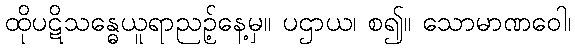
ထိုပဋိသန္ဓေယူရာညဉ့်နေ့မှ။ ပဌာယ၊ စ၍။ သောမာဏဝေါ၊